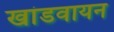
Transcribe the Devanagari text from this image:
खांडवायन